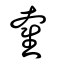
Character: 奞